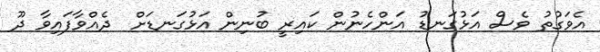
އެވަގުތު ވެސް އަޅުގަނޑު އަންހެނުން ކައިރީ ބުނިން އަޅުގަނޑަށް  ދެއްވާފައިވާ ދޫ